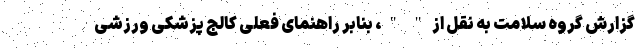
گزارش گروه سلامت به نقل از " "، بنابر راهنمای فعلی کالج پزشکی ورزشی